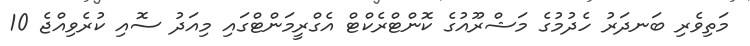
މަތިވެރި ބަނދަރު ހެދުމުގެ މަޝްރޫއުގެ ކޮންޓްރެކްޓް އެގްރީމަންޓްގައި މިއަދު ސޮއި ކުރެވިއްޖެ 10